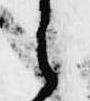
之